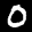
Label: 0